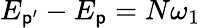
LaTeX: E_{\mathsf{p}^{\prime}}-E_{\mathsf{p}}=N\omega_{1}